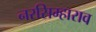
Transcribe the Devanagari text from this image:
नरसिम्हाराव